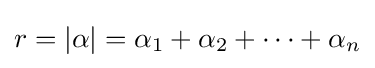
r=|\alpha |=\alpha _{1}+\alpha _{2}+\cdots +\alpha _{n}